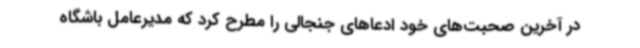
در آخرین صحبت‌های خود ادعاهای جنجالی را مطرح کرد که مدیرعامل باشگاه